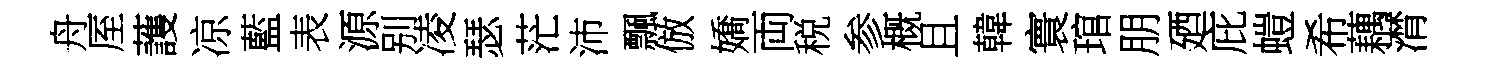
舟厔䕶凉藍表源别凌瑟茫沛飄倣嬌両税参概且韓寰琯朋廼庇螘希藕潸